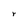
Character: r